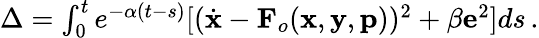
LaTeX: \begin{array}{r}{\Delta=\int_{0}^{t}e^{-\alpha(t-s)}[(\dot{\mathbf{x}}-\mathbf{F}_{o}(\mathbf{x},\mathbf{y},\mathbf{p}))^{2}+\beta\mathbf{e}^{2}]ds\, .}\end{array}